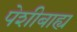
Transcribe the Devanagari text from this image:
पेशीबाह्य